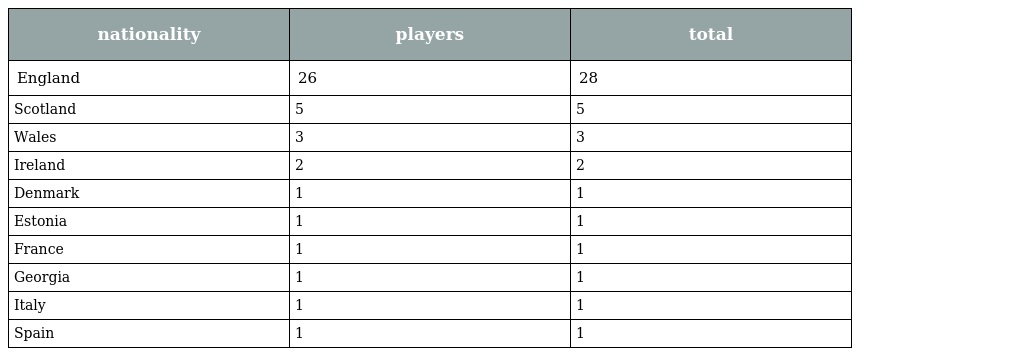
| nationality | players | total |
 | --- | --- | --- |
 | England | 26 | 28 |
 | Scotland | 5 | 5 |
 | Wales | 3 | 3 |
 | Ireland | 2 | 2 |
 | Denmark | 1 | 1 |
 | Estonia | 1 | 1 |
 | France | 1 | 1 |
 | Georgia | 1 | 1 |
 | Italy | 1 | 1 |
 | Spain | 1 | 1 |